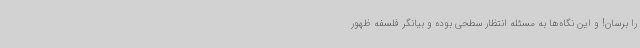
را برسان! و این نگاه‌ها به مسئله انتظار سطحی بوده و بیانگر فلسفه ظهور